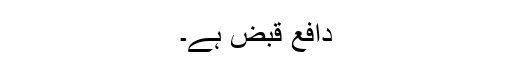
دافع قبض ہے۔